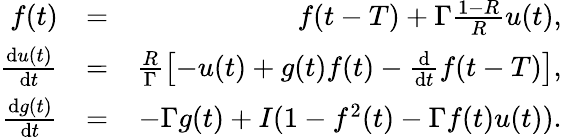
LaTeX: \begin{array}{rlr}{f(t)}&{=}&{f(t-T)+\Gamma\frac{1-R}{R}u(t),}\\ {\frac{\mathrm{d}u(t)}{\mathrm{d}t}}&{=}&{\frac{R}{\Gamma}\left[-u(t)+g(t)f(t)-\frac{\mathrm{d}}{\mathrm{d}t}f(t-T)\right],}\\ {\frac{\mathrm{d}g(t)}{\mathrm{d}t}}&{=}&{-\Gamma g(t)+I(1-f^{2}(t)-\Gamma f(t)u(t)).}\end{array}